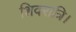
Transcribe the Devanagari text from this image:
शिवरात्रि।